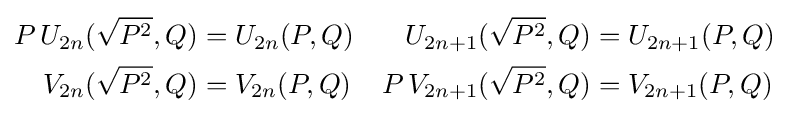
{\begin{aligned}P\,U_{2n}({\sqrt {P^{2}}},Q)&=U_{2n}(P,Q)&U_{2n+1}({\sqrt {P^{2}}},Q)&=U_{2n+1}(P,Q)\\V_{2n}({\sqrt {P^{2}}},Q)&=V_{2n}(P,Q)&P\,V_{2n+1}({\sqrt {P^{2}}},Q)&=V_{2n+1}(P,Q)\end{aligned}}